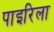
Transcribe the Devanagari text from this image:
पाइरिला